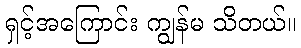
ရှင့်အကြောင်း ကျွန်မ သိတယ်။